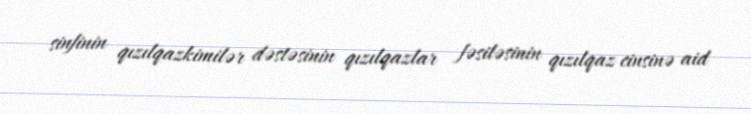
sinfinin qızılqazkimilər dəstəsinin qızılqazlar fəsiləsinin qızılqaz cinsinə aid